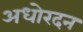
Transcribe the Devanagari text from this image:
अधोरदन